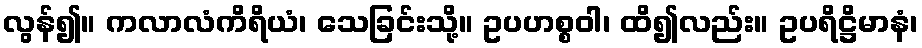
လွန်၍။ ကလာလံကိရိယံ၊ သေခြင်းသို့။ ဥပဟစ္စဝါ၊ ထိ၍လည်း။ ဥပရိဋ္ဌိမာနံ၊